Vaccination report Assam 1896-1927 - 1896-1927
Year: 1896
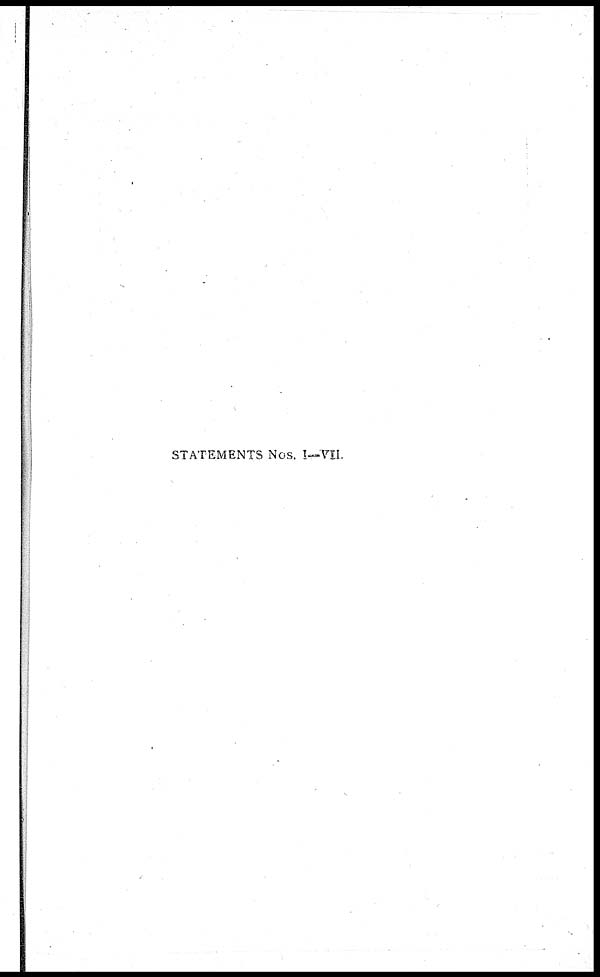
STATEMENTS Nos. I—VII.